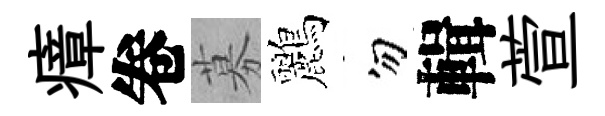
瘴卷募鸝勿輯萱